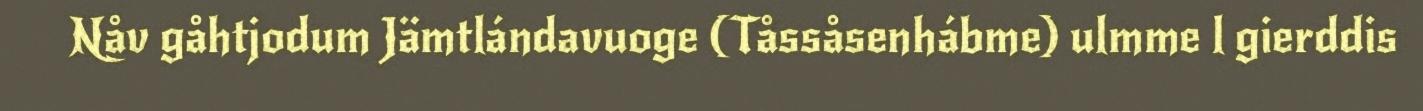
Nåv gåhtjodum Jämtlándavuoge (Tåssåsenhábme) ulmme l gierddis